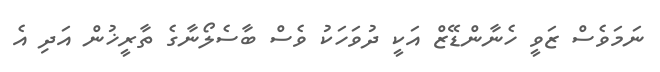
ނަމަވެސް ޒަވީ ހެނާންޑޭޒް އަކީ ދުވަހަކު ވެސް ބާސެލޯނާގެ ތާރީޚުން އަދި އެ